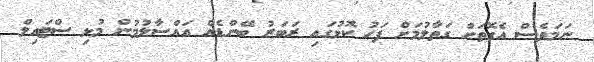
ނަމަވެސް އެގޮތަށް ގަތާލުމަށް ފަހު ކޮޅުގައި ރަބަރު ބޭންޑެއް އައްސާލުމުން މުޅި ސްޓައިލް